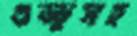
গুড্ডুসহ